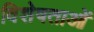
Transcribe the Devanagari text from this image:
विशेषताओें